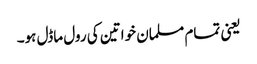
یعنی تمام مسلمان خواتین کی رول ماڈل ہو۔